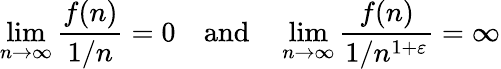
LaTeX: \operatorname*{lim}_{n\to\infty}{\frac{f(n)}{1/n}}=0\quad{\mathrm{and}}\quad\operatorname*{lim}_{n\to\infty}{\frac{f(n)}{1/n^{1+\varepsilon}}}=\infty